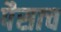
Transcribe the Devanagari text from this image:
पैसाच